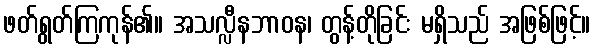
ဖတ်ရွတ်ကြကုန်၏။ အသလ္လီနဘာဝန၊ တွန့်တိုခြင်း မရှိသည် အဖြစ်ဖြင့်။